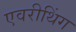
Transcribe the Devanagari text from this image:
एवरीथिंग